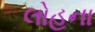
લોહના